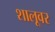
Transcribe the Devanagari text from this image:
शालूवर